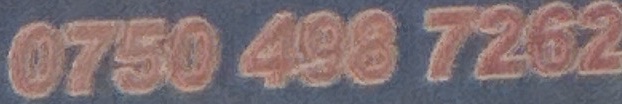
0750 498 7262